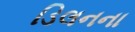
ડિલનના